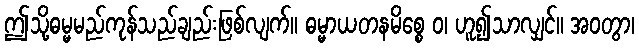
ဤသို့ဓမ္မမည်ကုန်သည်ချည်းဖြစ်လျက်။ ဓမ္မာယတနမိစ္စေ ဝ၊ ဟူ၍သာလျှင်။ အဝတွာ၊